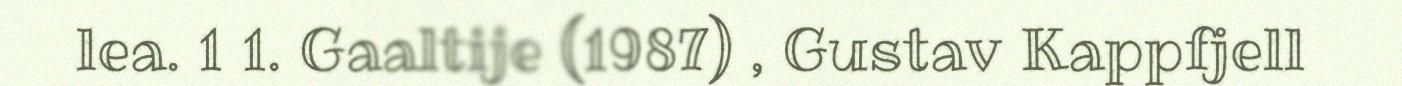
lea. 1 1. Gaaltije (1987) , Gustav Kappfjell